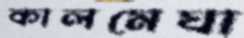
কালমেঘা